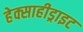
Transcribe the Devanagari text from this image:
हेक्साहीड्राइट